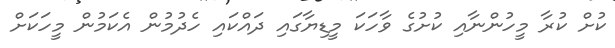
ކުށް ކުރާ މީހުންނާއި ކުށުގެ ވާހަކަ މީޑިޔާގައި ދައްކައި ހެދުމުން އެކަމުން މީހަކަށް